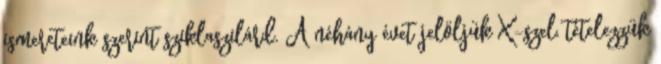
ismereteink szerint sziklaszilárd. A néhány évet jelöljük X-szel, tételezzük